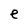
Character: e